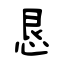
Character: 恳